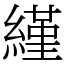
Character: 䌍